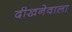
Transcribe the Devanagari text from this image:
दीखनेवाला